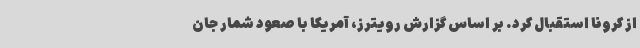
از کرونا استقبال کرد. بر اساس گزارش رویترز، آمریکا با صعود شمار جان